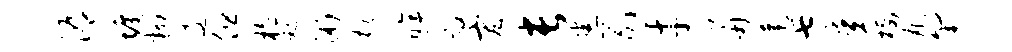
溽墉翻逶但植禄浙劾眸效宏长悉易才舟莲七某栖丸匍